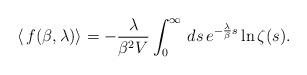
LaTeX: \begin{align*}\langle\,f(\beta,\lambda)\rangle=-\frac{\lambda}{\beta^{2}V}\int_{0}^{\infty}\,ds\,e^{-\frac{\lambda}{\beta}s}\ln\zeta(s).\end{align*}